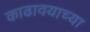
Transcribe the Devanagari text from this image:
काढावयाच्या